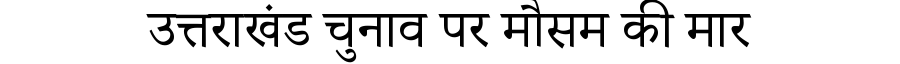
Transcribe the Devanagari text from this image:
उत्तराखंड चुनाव पर मौसम की मार